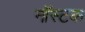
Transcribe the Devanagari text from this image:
नॉस्टक